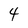
Character: 4